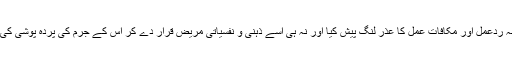
نہ ردعمل اور مکافات عمل کا عذر لنگ پیش کیا اور نہ ہی اسے ذہنی و نفسیاتی مریض قرار دے کر اس کے جرم کی پردہ پوشی کی۔